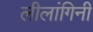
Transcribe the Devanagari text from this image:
लीलांगिनी